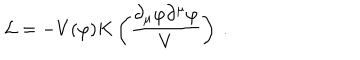
{ \cal L } = - V ( \varphi ) K \left( { \frac { \partial _ { \mu } \varphi \partial ^ { \mu } \varphi } { V } } \right) \ .